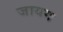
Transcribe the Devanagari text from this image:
जायग